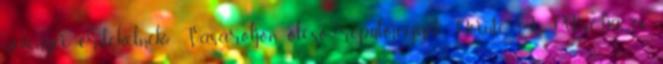
növényei érdekelnék? Vásároljon olcsó repülőjegyet Pointe A Pitre-ba és